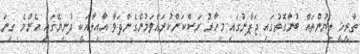
ތާރީޚީ ލިޔުންތައް ބުނާގޮތުގައި ޖަޕާނުގައި މިހާރު ރަސްކަންކުރައްވަމުންގެންދަވާ އާއިލާއަކީ ދުނިޔޭގައި އެންމެ ގިނަ